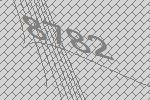
8782